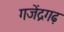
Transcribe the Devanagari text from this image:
गजेंद्रगढ़